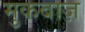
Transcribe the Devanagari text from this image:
मुकबाज़